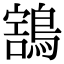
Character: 𪃜